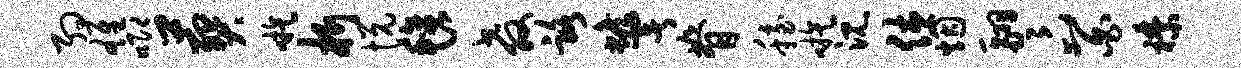
约雄唧葬嗾析悦毡教路蟾署脊稳嗾沉休烟翮卞百襟